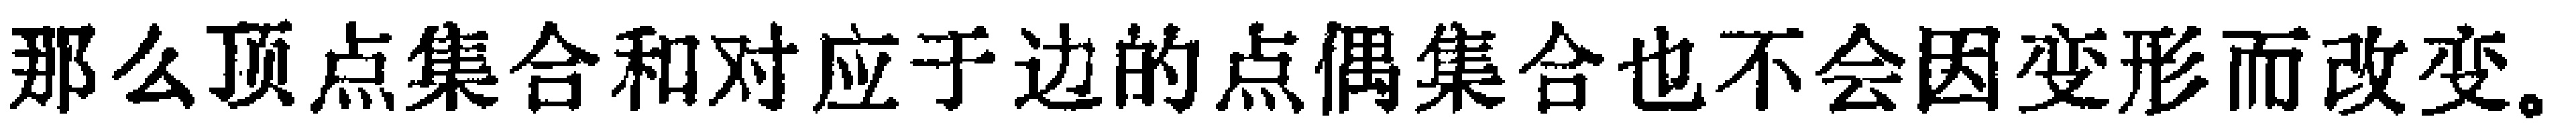
那么顶点集合和对应于边的点偶集合也不会因变形而改变.